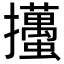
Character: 𢺉